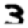
Digit: 3